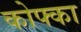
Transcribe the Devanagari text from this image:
कोफ्का